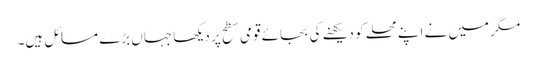
مگر میں نے اپنے محلے کو دیکھنے کی بجائے قومی سطح پر دیکھا جہاں بڑے مسائل ہیں۔